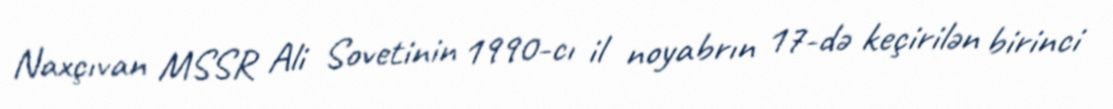
Naxçıvan MSSR Ali Sovetinin 1990-cı il noyabrın 17-də keçirilən birinci